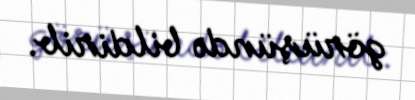
görüşündə bildirib.